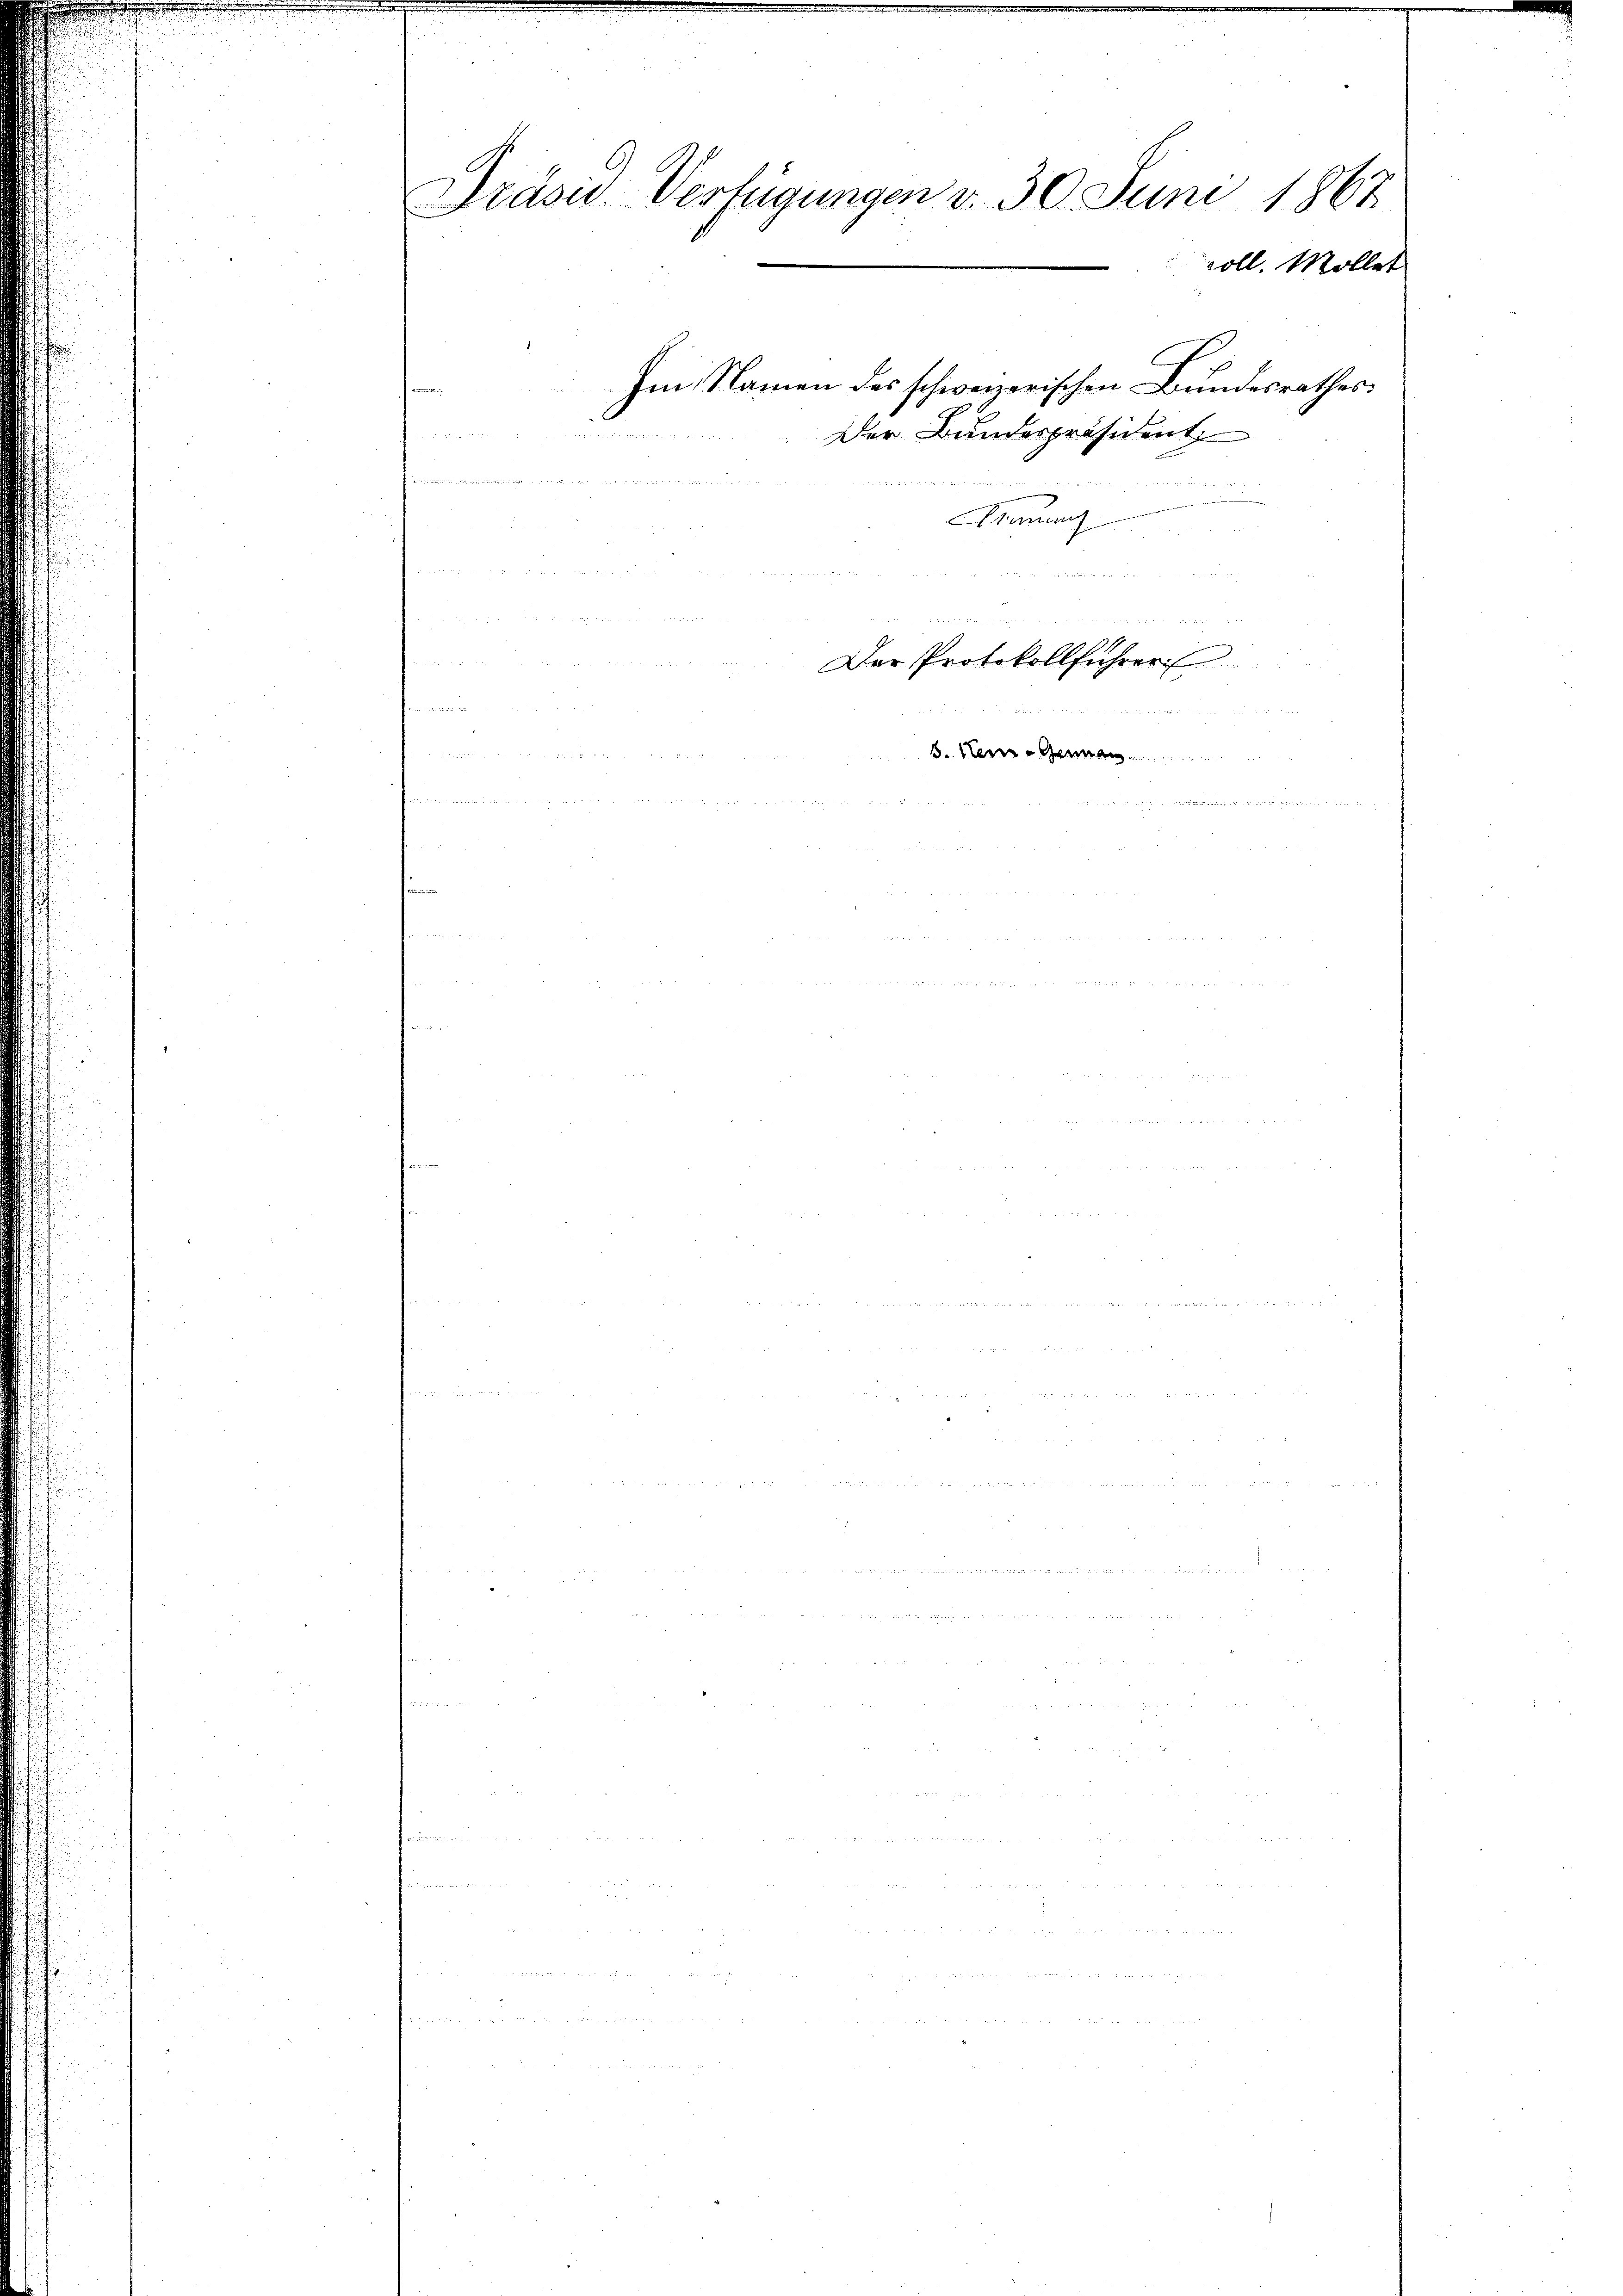
.

Präsid. Verfügungen v. 30 Juni 1867
voll. Mollet

B
  den zu

50 00
 A Betra

u

Im Namen des schweizerischen Bundesrathes:
Der Bundespräsident

.
Armeng
.

Der Protokollführer
s. Mein Geme
i